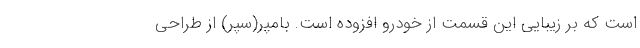
است که بر زیبایی این قسمت از خودرو افزوده است. بامپر(سپر) از طراحی